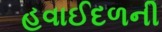
હવાઈદળની